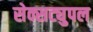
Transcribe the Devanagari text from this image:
सेक्सट्युपल